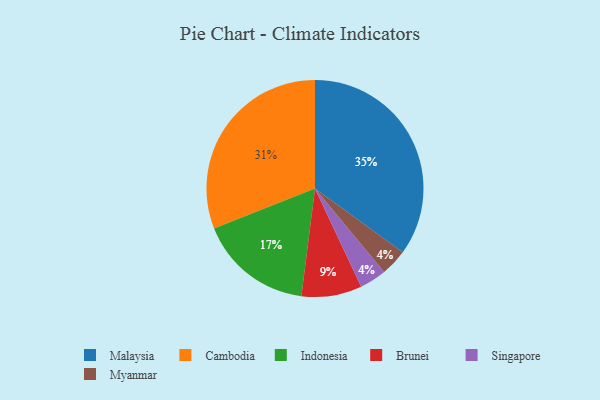
{"axis": {"x": "Category", "y": "Percentage"}, "legend": ["Brunei", "Cambodia", "Indonesia", "Malaysia", "Myanmar", "Singapore"], "data": [{"x": "Malaysia", "y": 35, "type": "Malaysia"}, {"x": "Singapore", "y": 4, "type": "Singapore"}, {"x": "Indonesia", "y": 17, "type": "Indonesia"}, {"x": "Myanmar", "y": 4, "type": "Myanmar"}, {"x": "Brunei", "y": 9, "type": "Brunei"}, {"x": "Cambodia", "y": 31, "type": "Cambodia"}]}